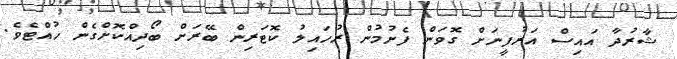
ޝާރުދާ އައިސް އަރުފީނަށް ގޮވަން ފެށުމުން ރުހައިލު ކޮޓަރިން ބޭރަށް ބޯދިއްކޮށްގެން ހުއްޓެވެ.